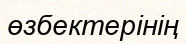
өзбектерінің